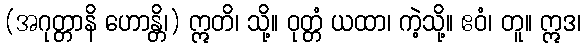
(အဂုတ္တာနိ ဟောန္တိ၊) ဣတိ၊ သို့။ ဝုတ္တံ ယထာ၊ ကဲ့သို့။ ဧဝံ၊ တူ။ ဣဒ၊